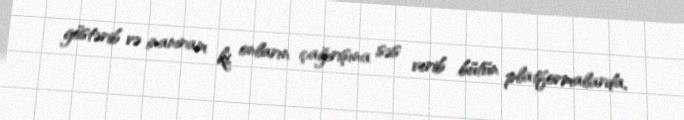
göstərib və inanıram ki, onların çağırışına səs verib bütün platformalarda,